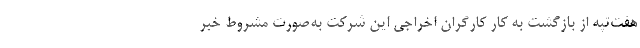
هفت‌تپه از بازگشت به کار کارگران اخراجی این شرکت به‌صورت مشروط خبر